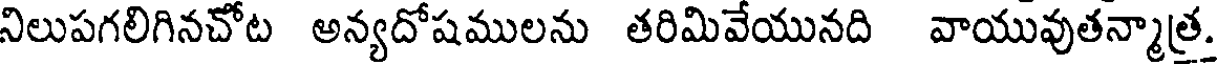
నిలుపగలిగినచోట అన్యదోషములను తరిమివేయునది వాయువుతన్మాత్ర.